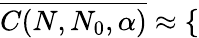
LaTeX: \overline{{C(N,N_{0},\alpha)}}\approx\left\{ \begin{array}{rl}\end{array}\right.